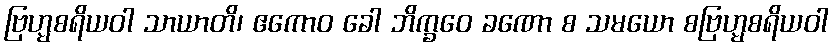
ဗြဟ္မစရိယဝါ သာယာတိ၊ ဧကောဝ ခေါ ဘိက္ခဝေ ခဏော စ သမယော စဗြဟ္မစရိယဝါ